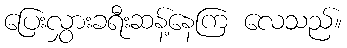
ပြေးလွှားခရီးဆန့်နေကြ လေသည်။